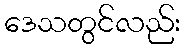
ဒေသတွင်လည်း